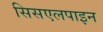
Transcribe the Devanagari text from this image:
सिसएलपाइन